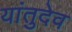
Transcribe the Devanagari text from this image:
यांतुदेव